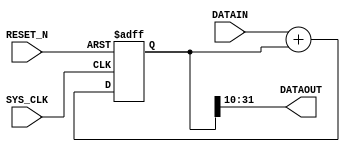
//--- stage 2 - get delta signal 

module STAGE2_GET_SQUARE_SIGNAL  
(
	input SYS_CLK  , 
	input RESET_N ,
	input signed[31:0] DATAIN , 
	output signed [21:0] DATAOUT
) ;

    reg signed [31:0]dataout_support;
    assign DATAOUT = dataout_support[31:10];
	initial
	begin
		dataout_support = 1'b0;
	end
	
	//assign DATAOUT = DATAIN+PRE_DATAOUT;
	
	always@(negedge RESET_N or posedge SYS_CLK)//
	begin
		if (!RESET_N ) begin
			dataout_support <= 1'd0;
		end
		else 
		begin
			if(DATAIN[0]==1'b0 || DATAIN[0]==1'b1) dataout_support <= DATAIN+dataout_support;
			else dataout_support <= dataout_support;
		end
	end
	

endmodule